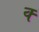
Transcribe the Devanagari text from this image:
क्‍